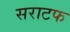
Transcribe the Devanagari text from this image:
सराटफ